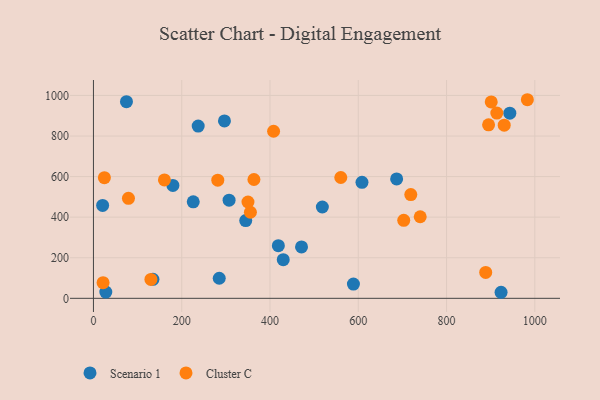
{"axis": {"x": "Ad Spend", "y": "Demand"}, "legend": ["Cluster C", "Scenario 1"], "data": [{"x": "471.4", "y": 253.4, "type": "Scenario 1"}, {"x": "686.9", "y": 588.5, "type": "Scenario 1"}, {"x": "430.0", "y": 190.7, "type": "Scenario 1"}, {"x": "518.6", "y": 450.2, "type": "Scenario 1"}, {"x": "237.3", "y": 849.2, "type": "Scenario 1"}, {"x": "608.4", "y": 571.6, "type": "Scenario 1"}, {"x": "589.0", "y": 70.3, "type": "Scenario 1"}, {"x": "923.5", "y": 29.8, "type": "Scenario 1"}, {"x": "296.8", "y": 874.5, "type": "Scenario 1"}, {"x": "74.8", "y": 969.1, "type": "Scenario 1"}, {"x": "345.0", "y": 383.2, "type": "Scenario 1"}, {"x": "20.8", "y": 458.0, "type": "Scenario 1"}, {"x": "28.0", "y": 30.7, "type": "Scenario 1"}, {"x": "134.8", "y": 93.6, "type": "Scenario 1"}, {"x": "180.0", "y": 556.4, "type": "Scenario 1"}, {"x": "418.9", "y": 259.7, "type": "Scenario 1"}, {"x": "285.0", "y": 99.0, "type": "Scenario 1"}, {"x": "943.3", "y": 912.4, "type": "Scenario 1"}, {"x": "307.3", "y": 483.9, "type": "Scenario 1"}, {"x": "226.1", "y": 475.4, "type": "Scenario 1"}, {"x": "901.2", "y": 967.9, "type": "Cluster C"}, {"x": "895.2", "y": 855.4, "type": "Cluster C"}, {"x": "719.0", "y": 511.4, "type": "Cluster C"}, {"x": "363.6", "y": 585.8, "type": "Cluster C"}, {"x": "79.3", "y": 492.8, "type": "Cluster C"}, {"x": "408.1", "y": 823.6, "type": "Cluster C"}, {"x": "160.8", "y": 583.8, "type": "Cluster C"}, {"x": "983.1", "y": 978.9, "type": "Cluster C"}, {"x": "281.7", "y": 582.5, "type": "Cluster C"}, {"x": "888.7", "y": 127.6, "type": "Cluster C"}, {"x": "740.3", "y": 402.1, "type": "Cluster C"}, {"x": "21.8", "y": 77.0, "type": "Cluster C"}, {"x": "560.4", "y": 595.5, "type": "Cluster C"}, {"x": "913.9", "y": 913.0, "type": "Cluster C"}, {"x": "130.2", "y": 92.9, "type": "Cluster C"}, {"x": "703.0", "y": 384.6, "type": "Cluster C"}, {"x": "355.6", "y": 424.2, "type": "Cluster C"}, {"x": "930.6", "y": 853.3, "type": "Cluster C"}, {"x": "350.1", "y": 474.7, "type": "Cluster C"}, {"x": "24.8", "y": 594.7, "type": "Cluster C"}]}